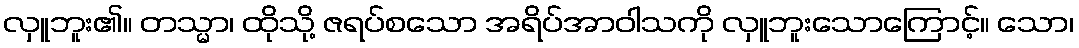
လှူဘူး၏။ တသ္မာ၊ ထိုသို့ ဇရပ်စသော အရိပ်အာဝါသကို လှူဘူးသောကြောင့်။ သော၊